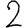
Digit: 2